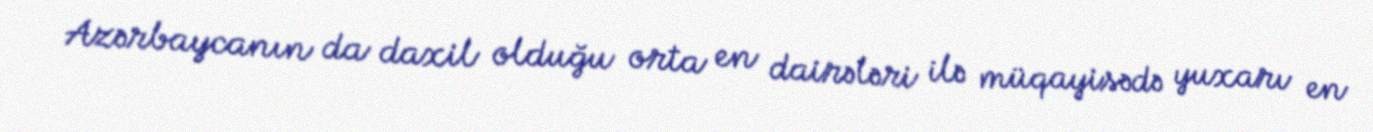
Azərbaycanın da daxil olduğu orta en dairələri ilə müqayisədə yuxarı en